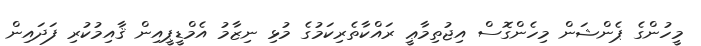
މީހުންގެ ޕެންޝަން މިހެންގޮސް އިޖުތިމާޢީ ރައްކާތެރިކަމުގެ މުޅި ނިޒާމު އެމްޑީޕީއިން ޤާއިމުކުރި ފަދައިން